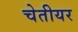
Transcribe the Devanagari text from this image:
चेतीयर